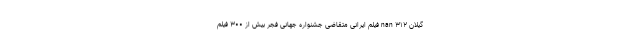
گیلان nan ۳۱۲ فیلم ایرانی متقاضی جشنواره جهانی فجر بیش از ۳۰۰ فیلم